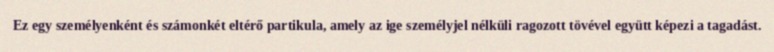
Ez egy személyenként és számonkét eltérő partikula, amely az ige személyjel nélküli ragozott tövével együtt képezi a tagadást.